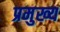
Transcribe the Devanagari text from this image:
प्रमुख्‍य